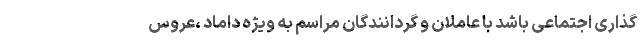
گذاری اجتماعی باشد با عاملان و گردانندگان مراسم به ویژه داماد ،عروس